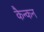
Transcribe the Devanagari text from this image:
कैन्कन